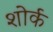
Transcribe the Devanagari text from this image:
शोर्क